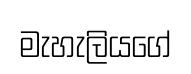
මැහැලියගේ